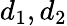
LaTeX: d_{1},d_{2}